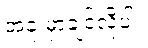
အခု မှာချင်လို့ပါ။